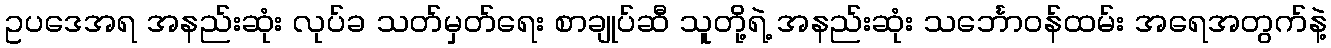
ဥပဒေအရ အနည်းဆုံး လုပ်ခ သတ်မှတ်ရေး စာချုပ်ဆီ သူတို့ရဲ့ အနည်းဆုံး သင်္ဘောဝန်ထမ်း အရေအတွက်နဲ့